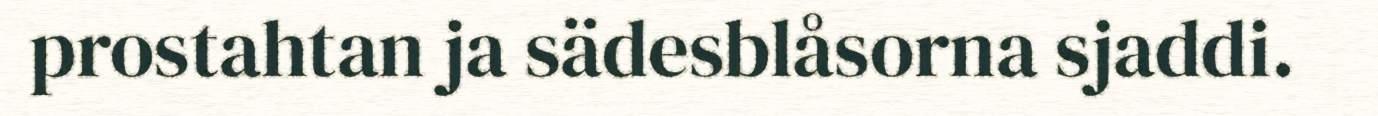
prostahtan ja sädesblåsorna sjaddi.